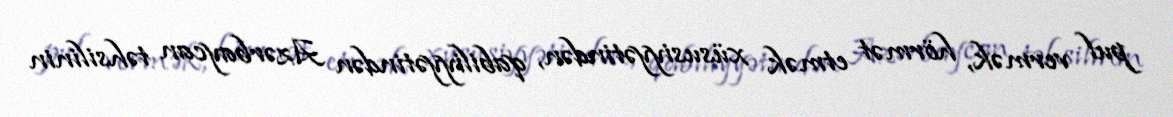
pul vermək, hörmət etmək xüsusiyyətindən, qabiliyyətindən Azərbaycan təhsilinin